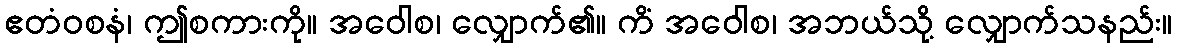
ဧတံဝစနံ၊ ဤစကားကို။ အဝေါစ၊ လျှောက်၏။ ကိံ အဝေါစ၊ အဘယ်သို့ လျှောက်သနည်း။